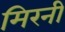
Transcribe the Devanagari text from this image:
मिरनी